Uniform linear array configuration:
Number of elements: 8
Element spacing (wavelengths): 0.75
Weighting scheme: cosine
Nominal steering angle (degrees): -30
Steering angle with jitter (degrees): -31.193
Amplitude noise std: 0.05
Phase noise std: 0.05

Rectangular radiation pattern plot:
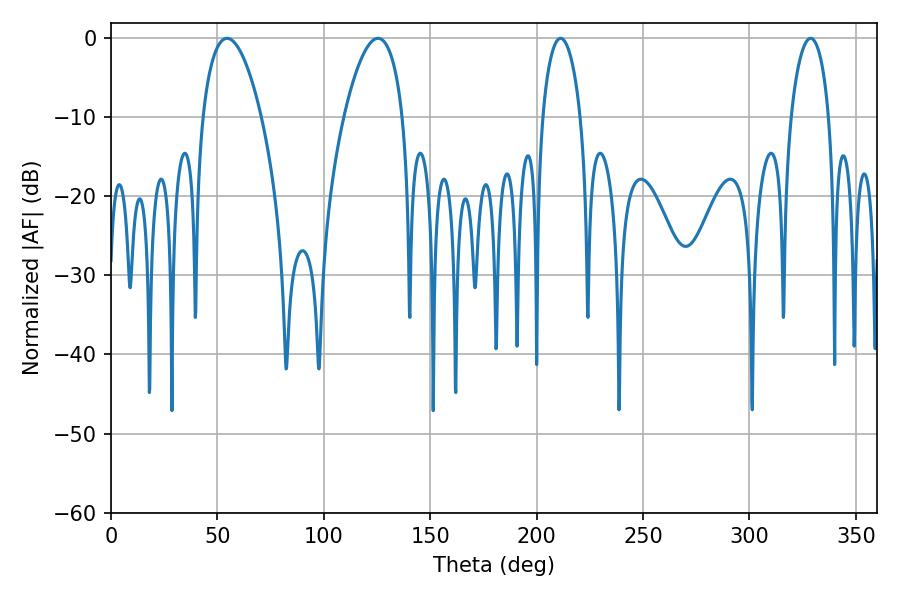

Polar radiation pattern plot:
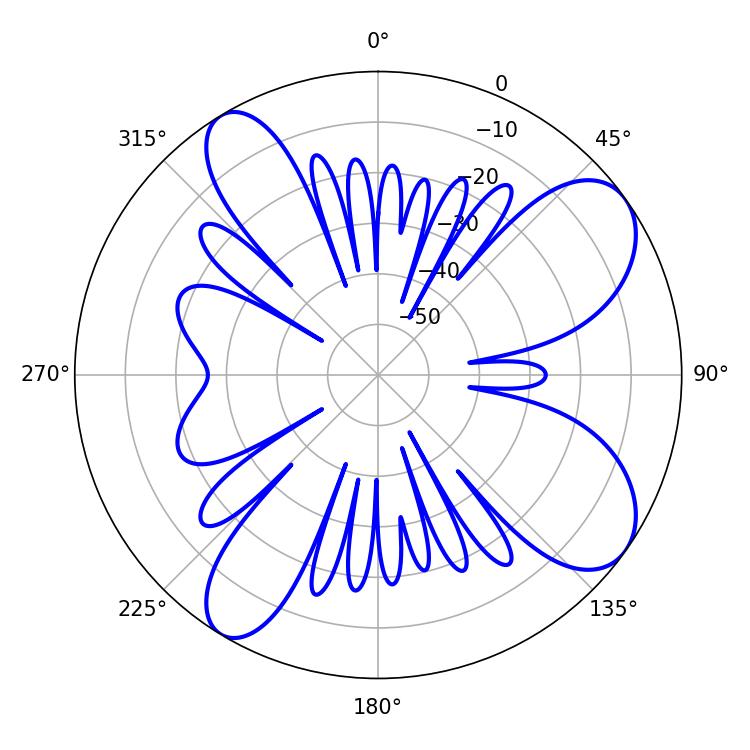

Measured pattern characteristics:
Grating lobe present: TRUE
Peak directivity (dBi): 8.803
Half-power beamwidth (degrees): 15.48
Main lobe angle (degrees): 54.54